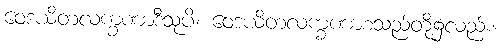
ဝေဒယိတလက္ခဏာဒီသုပိ၊ ဝေဒယိတလက္ခဏာစသည်တို့၌လည်း။